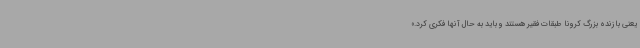
یعنی بازنده بزرگ کرونا طبقات فقیر هستند و باید به حال آنها فکری کرد.»